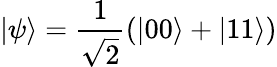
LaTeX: |\psi\rangle=\frac{1}{\sqrt{2}}(|00\rangle+|11\rangle)